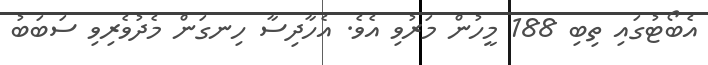
އެބޯޓުގައި ތިބި 188 މީހުން މަރުވި އެވެ. އެހާދިސާ ހިނގަން މެދުވެރިވި ސަބަބު